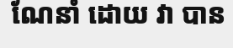
ណែនាំ ដោយ វា បាន